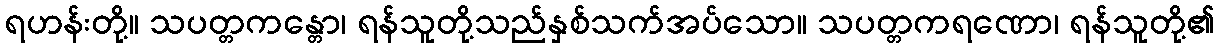
ရဟန်းတို့။ သပတ္တကန္တော၊ ရန်သူတို့သည်နှစ်သက်အပ်သော။ သပတ္တကရဏော၊ ရန်သူတို့၏